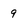
Character: 9